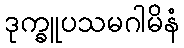
ဒုက္ခူပသမဂါမိနံ